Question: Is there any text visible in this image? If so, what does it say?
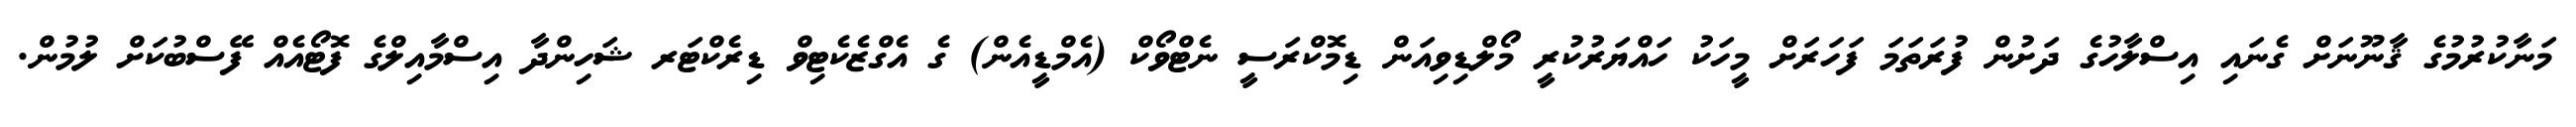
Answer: މަނާކުރުމުގެ ޤާނޫނަށް ގެނައި އިސްލާހުގެ ދަށުން ފުރަތަމަ ފަހަރަށް މީހަކު ހައްޔަރުކުރީ މޯލްޑިވިއަން ޑިމޮކްރަސީ ނެޓްވޯކް (އެމްޑީއެން) ގެ އެގްޒެކެޓިވް ޑިރެކްޓަރ ޝަހިންދާ އިސްމާއިލްގެ ފޮޓޯއެއް ފޭސްބުކަށް ލުމުން.